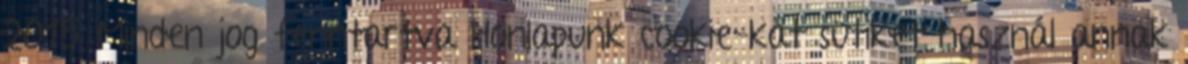
2015 Minden jog fenntartva Honlapunk cookie-kat sütiket használ annak